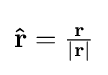
{\textstyle \mathbf {\hat {r}} =\mathbf {\frac {r}{|r|}} }